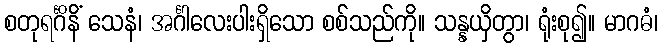
စတုရင်္ဂိနိံ သေနံ၊ အင်္ဂါလေးပါးရှိသော စစ်သည်ကို။ သန္နယှိတွာ၊ ရုံးစု၍။ မာဂဓံ၊